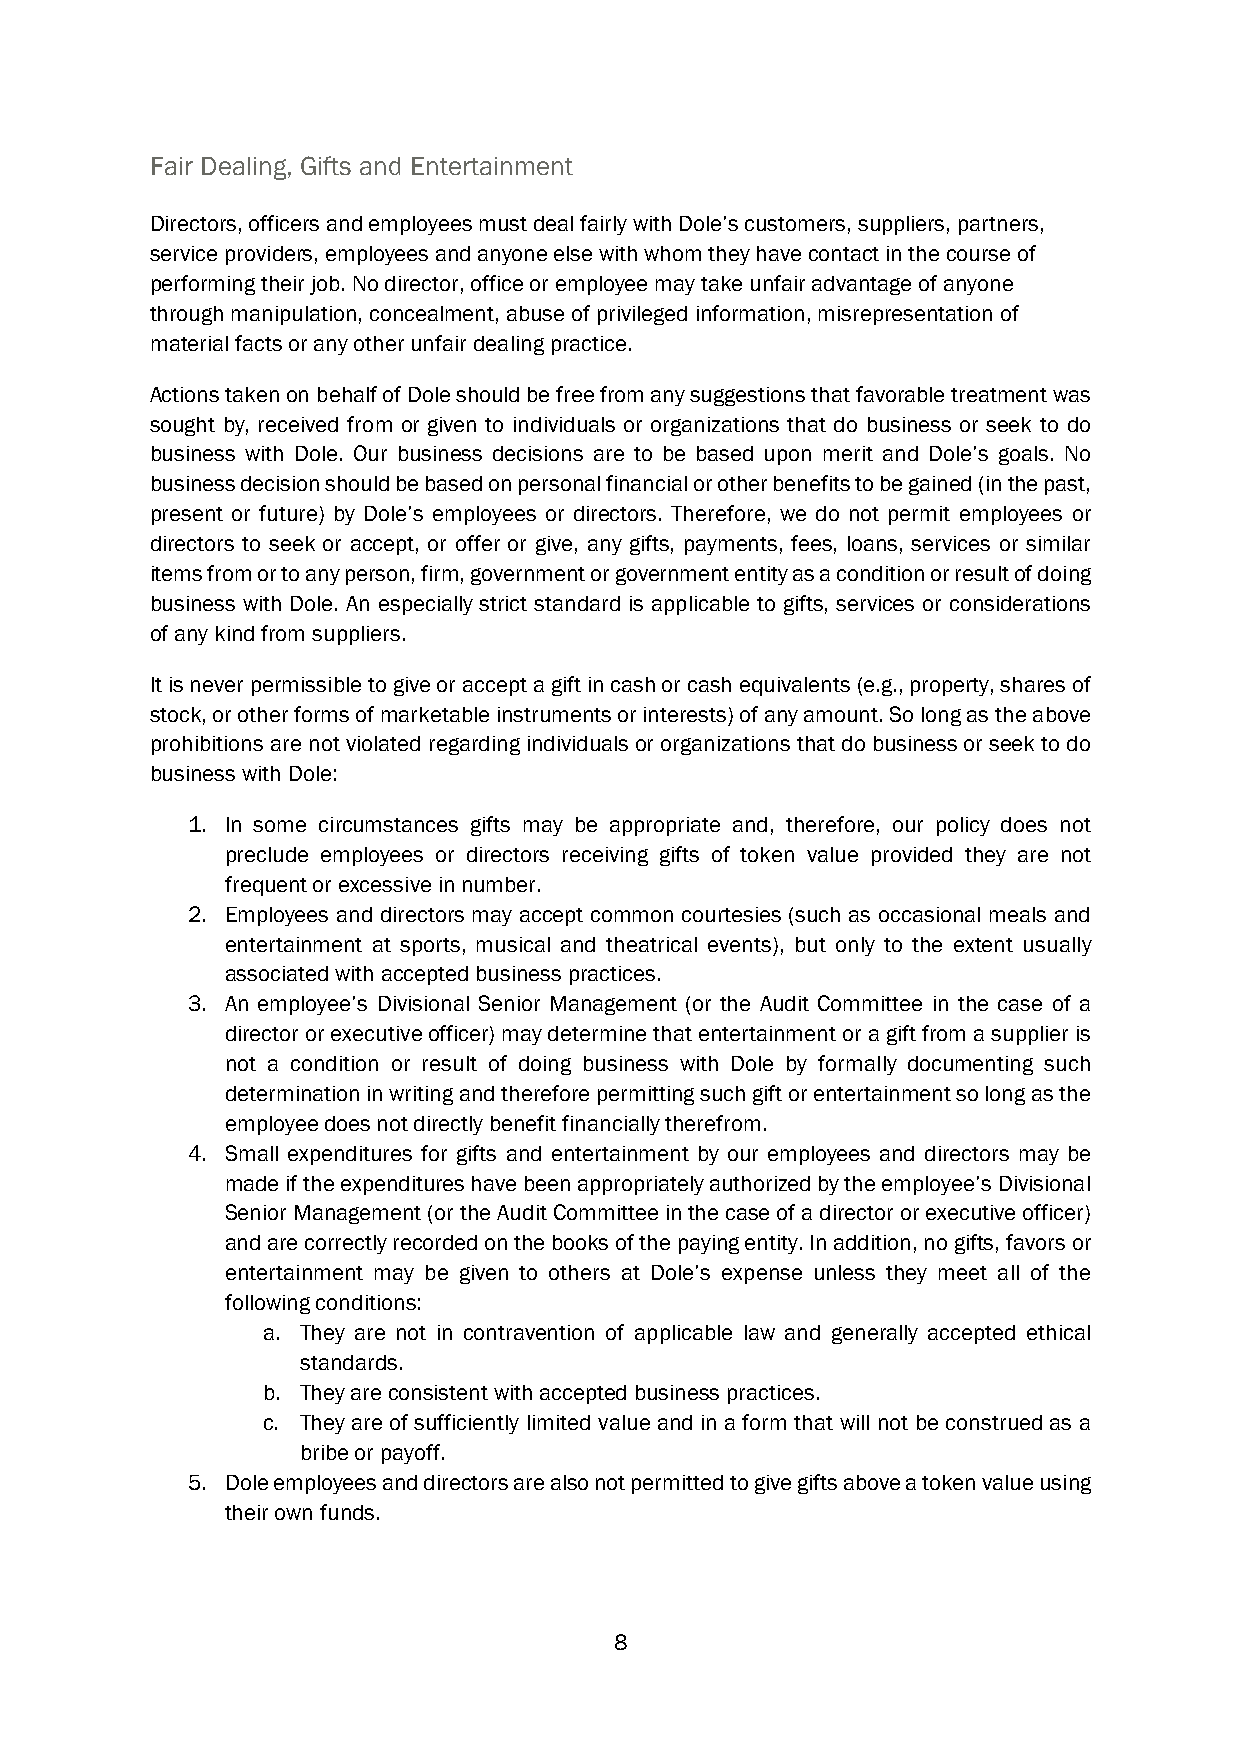
Fair Dealing, Gifts and Entertainment
 Directors, officers and employees must deal fairly with Dole’s customers, suppliers, partners,
 service providers, employees and anyone else with whom they have contact in the course of
 performing their job. No director, office or employee may take unfair advantage of anyone
 through manipulation, concealment, abuse of privileged information, misrepresentation of
 material facts or any other unfair dealing practice.
 Actions taken on behalf of Dole should be free from any suggestions that favorable treatment was
 sought by, received from or given to individuals or organizations that do business or seek to do
 business with Dole. Our business decisions are to be based upon merit and Dole’s goals. No
 business decision should be based on personal financial or other benefits to be gained (in the past,
 present or future) by Dole’s employees or directors. Therefore, we do not permit employees or
 directors to seek or accept, or offer or give, any gifts, payments, fees, loans, services or similar
 items from or to any person, firm, government or government entity as a condition or result of doing
 business with Dole. An especially strict standard is applicable to gifts, services or considerations
 of any kind from suppliers.
 It is never permissible to give or accept a gift in cash or cash equivalents (e.g., property, shares of
 stock, or other forms of marketable instruments or interests) of any amount. So long as the above
 prohibitions are not violated regarding individuals or organizations that do business or seek to do
 business with Dole:
 1. In some circumstances gifts may be appropriate and, therefore, our policy does not
 preclude employees or directors receiving gifts of token value provided they are not
 frequent or excessive in number.
 2. Employees and directors may accept common courtesies (such as occasional meals and
 entertainment at sports, musical and theatrical events), but only to the extent usually
 associated with accepted business practices.
 3. An employee’s Divisional Senior Management (or the Audit Committee in the case of a
 director or executive officer) may determine that entertainment or a gift from a supplier is
 not a condition or result of doing business with Dole by formally documenting such
 determination in writing and therefore permitting such gift or entertainment so long as the
 employee does not directly benefit financially therefrom.
 4. Small expenditures for gifts and entertainment by our employees and directors may be
 made if the expenditures have been appropriately authorized by the employee’s Divisional
 Senior Management (or the Audit Committee in the case of a director or executive officer)
 and are correctly recorded on the books of the paying entity. In addition, no gifts, favors or
 entertainment may be given to others at Dole’s expense unless they meet all of the
 following conditions:
 a. They are not in contravention of applicable law and generally accepted ethical
 standards.
 b. They are consistent with accepted business practices.
 c. They are of sufficiently limited value and in a form that will not be construed as a
 bribe or payoff.
 5. Dole employees and directors are also not permitted to give gifts above a token value using
 their own funds.
 8